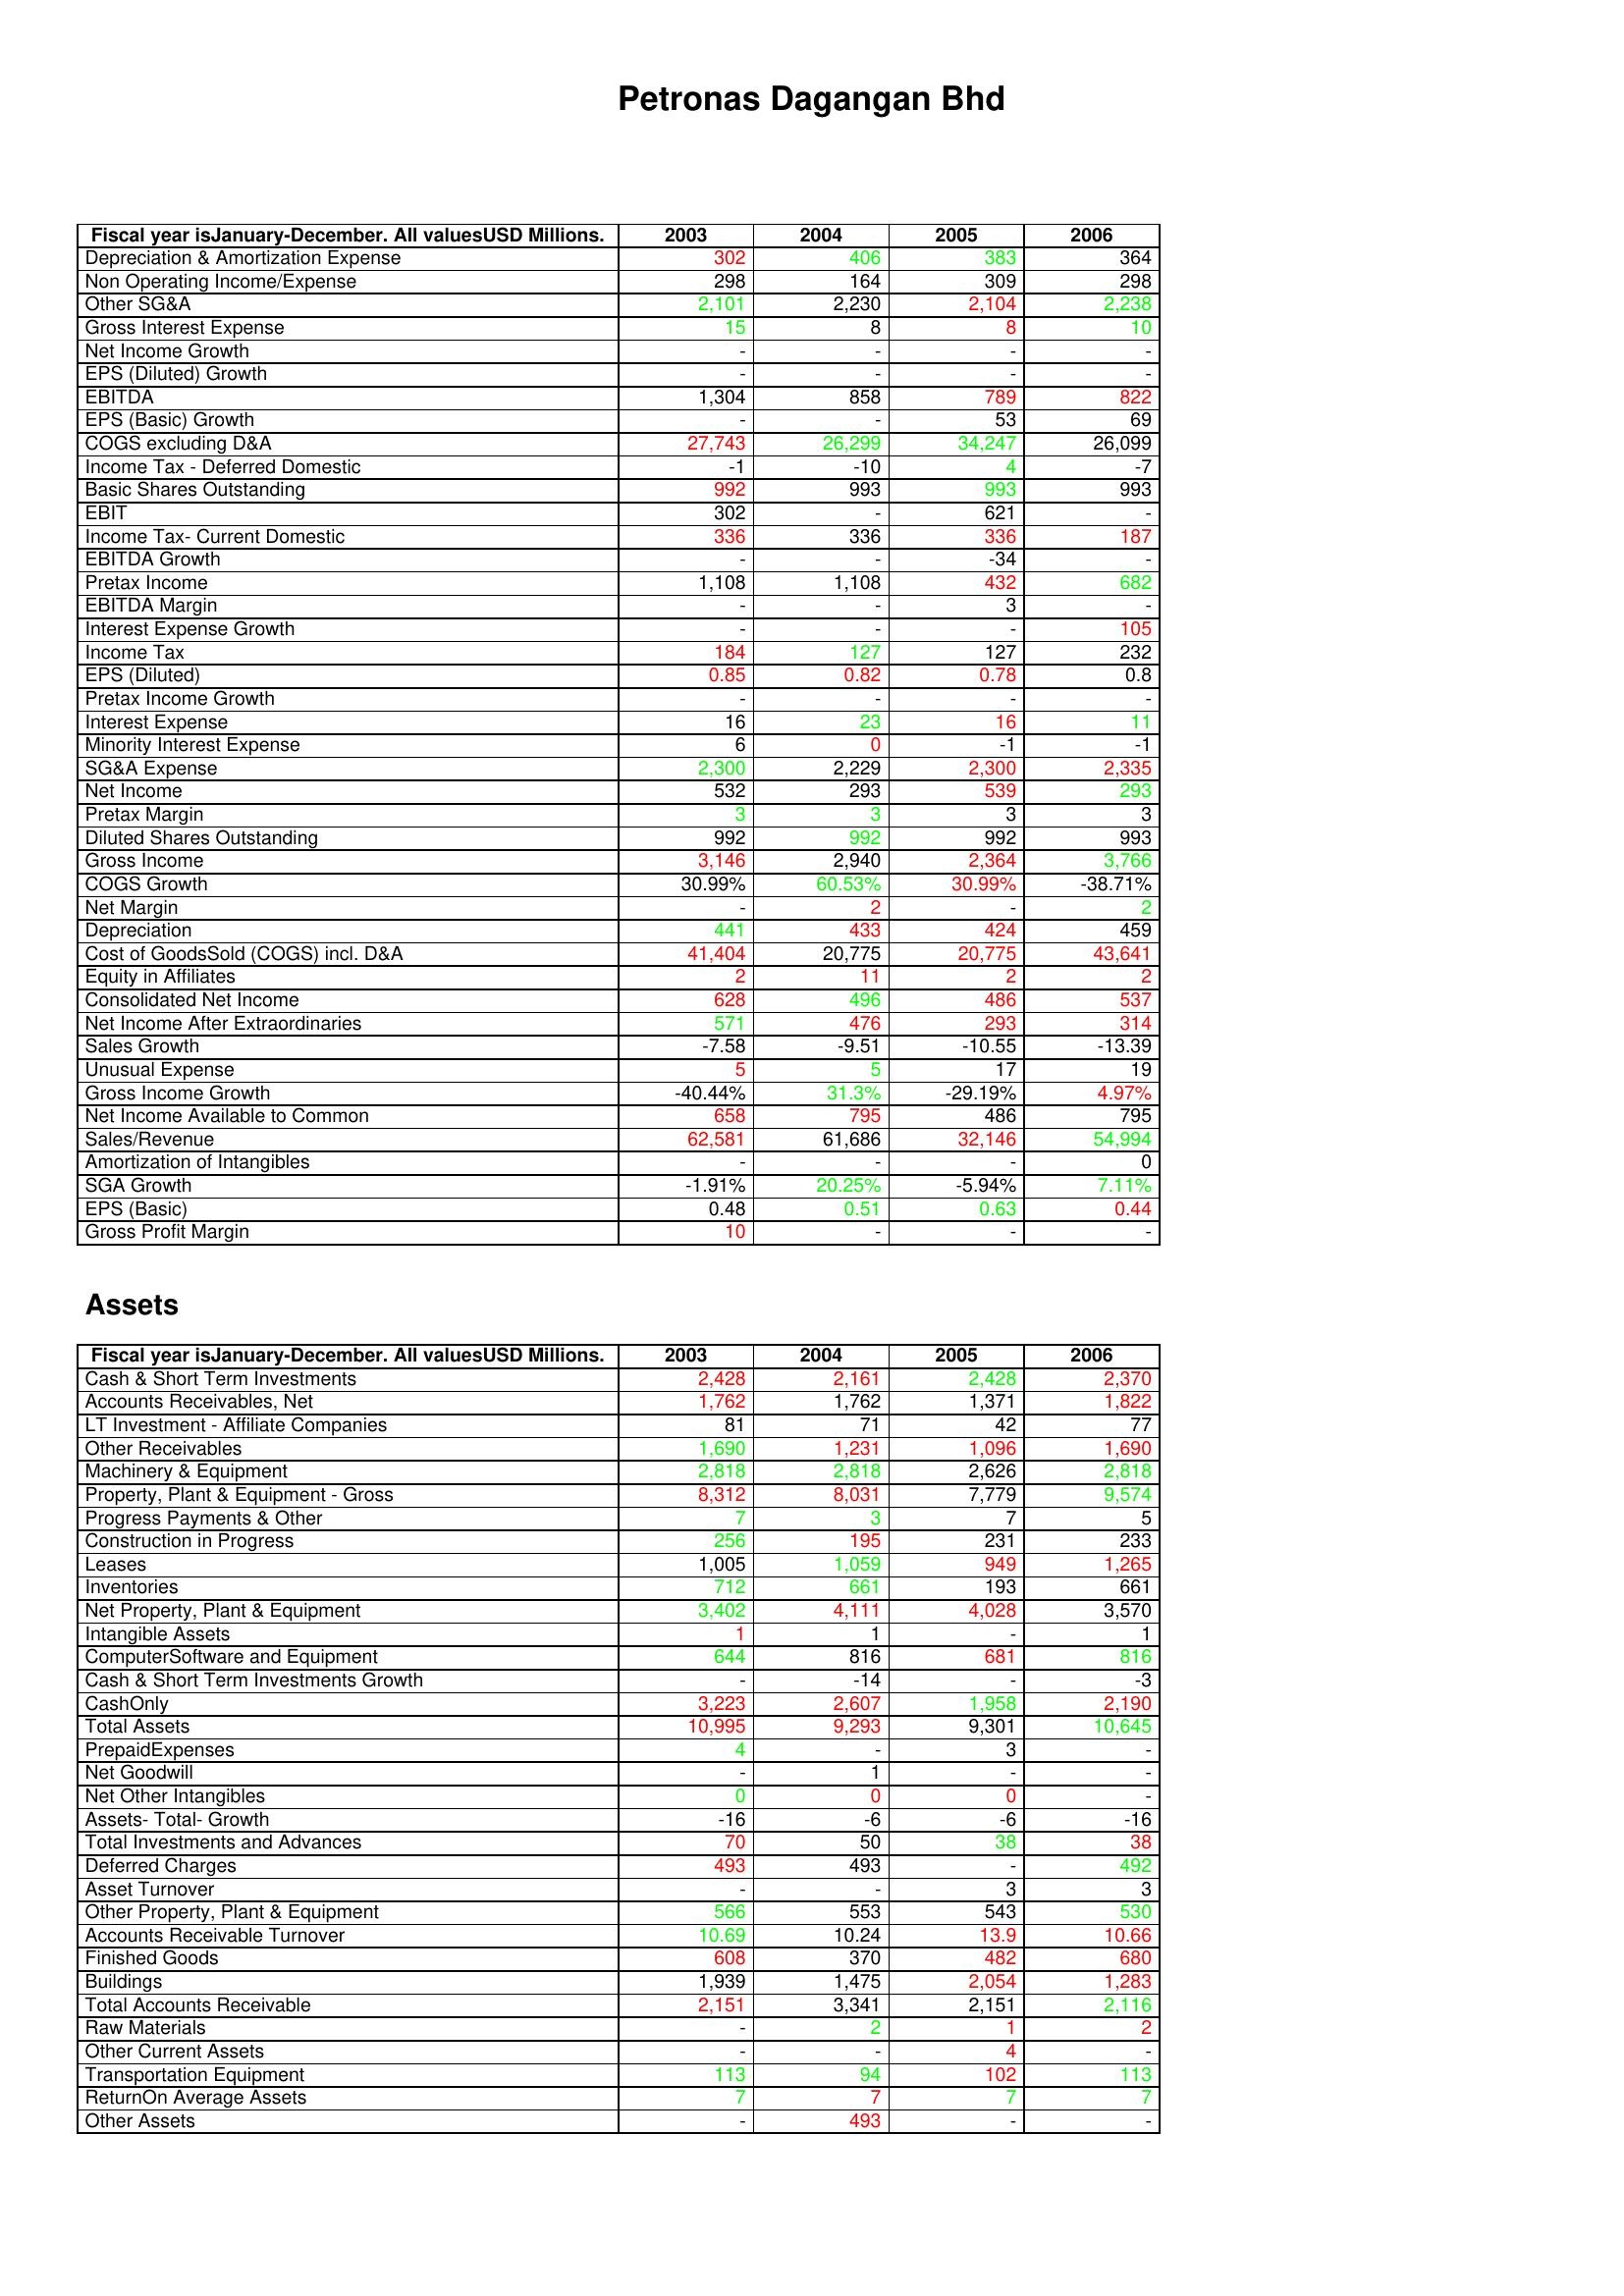
gt_parse: 2003: : Depreciation & Amortization Expense: 302
Non Operating Income/Expense: 298
Other SG&A: 2,101
Gross Interest Expense: 15
Net Income Growth: -
EPS (Diluted) Growth: -
EBITDA: 1,304
EPS (Basic) Growth: -
COGS excluding D&A: 27,743
Income Tax - Deferred Domestic: -1
Basic Shares Outstanding: 992
EBIT: 302
Income Tax- Current Domestic: 336
EBITDA Growth: -
Pretax Income: 1,108
EBITDA Margin: -
Interest Expense Growth: -
Income Tax: 184
EPS (Diluted): 0.85
Pretax Income Growth: -
Interest Expense: 16
Minority Interest Expense: 6
SG&A Expense: 2,300
Net Income: 532
Pretax Margin: 3
Diluted Shares Outstanding: 992
Gross Income: 3,146
COGS Growth: 30.99%
Net Margin: -
Depreciation: 441
Cost of GoodsSold (COGS) incl. D&A: 41,404
Equity in Affiliates: 2
Consolidated Net Income: 628
Net Income After Extraordinaries: 571
Sales Growth: -7.58
Unusual Expense: 5
Gross Income Growth: -40.44%
Net Income Available to Common: 658
Sales/Revenue: 62,581
Amortization of Intangibles: -
SGA Growth: -1.91%
EPS (Basic): 0.48
Gross Profit Margin: 10
Assets: Cash & Short Term Investments: 2,428
Accounts Receivables, Net: 1,762
LT Investment - Affiliate Companies: 81
Other Receivables: 1,690
Machinery & Equipment: 2,818
Property, Plant & Equipment - Gross : 8,312
Progress Payments & Other: 7
Construction in Progress: 256
Leases: 1,005
Inventories: 712
Net Property, Plant & Equipment: 3,402
Intangible Assets: 1
ComputerSoftware and Equipment: 644
Cash & Short Term Investments Growth: -
CashOnly: 3,223
Total Assets: 10,995
PrepaidExpenses: 4
Net Goodwill: -
Net Other Intangibles: 0
Assets- Total- Growth: -16
Total Investments and Advances: 70
Deferred Charges: 493
Asset Turnover: -
Other Property, Plant & Equipment: 566
Accounts Receivable Turnover: 10.69
Finished Goods: 608
Buildings: 1,939
Total Accounts Receivable: 2,151
Raw Materials: -
Other Current Assets: -
Transportation Equipment: 113
ReturnOn Average Assets: 7
Other Assets: -
2004: : Depreciation & Amortization Expense: 406
Non Operating Income/Expense: 164
Other SG&A: 2,230
Gross Interest Expense: 8
Net Income Growth: -
EPS (Diluted) Growth: -
EBITDA: 858
EPS (Basic) Growth: -
COGS excluding D&A: 26,299
Income Tax - Deferred Domestic: -10
Basic Shares Outstanding: 993
EBIT: -
Income Tax- Current Domestic: 336
EBITDA Growth: -
Pretax Income: 1,108
EBITDA Margin: -
Interest Expense Growth: -
Income Tax: 127
EPS (Diluted): 0.82
Pretax Income Growth: -
Interest Expense: 23
Minority Interest Expense: 0
SG&A Expense: 2,229
Net Income: 293
Pretax Margin: 3
Diluted Shares Outstanding: 992
Gross Income: 2,940
COGS Growth: 60.53%
Net Margin: 2
Depreciation: 433
Cost of GoodsSold (COGS) incl. D&A: 20,775
Equity in Affiliates: 11
Consolidated Net Income: 496
Net Income After Extraordinaries: 476
Sales Growth: -9.51
Unusual Expense: 5
Gross Income Growth: 31.3%
Net Income Available to Common: 795
Sales/Revenue: 61,686
Amortization of Intangibles: -
SGA Growth: 20.25%
EPS (Basic): 0.51
Gross Profit Margin: -
Assets: Cash & Short Term Investments: 2,161
Accounts Receivables, Net: 1,762
LT Investment - Affiliate Companies: 71
Other Receivables: 1,231
Machinery & Equipment: 2,818
Property, Plant & Equipment - Gross : 8,031
Progress Payments & Other: 3
Construction in Progress: 195
Leases: 1,059
Inventories: 661
Net Property, Plant & Equipment: 4,111
Intangible Assets: 1
ComputerSoftware and Equipment: 816
Cash & Short Term Investments Growth: -14
CashOnly: 2,607
Total Assets: 9,293
PrepaidExpenses: -
Net Goodwill: 1
Net Other Intangibles: 0
Assets- Total- Growth: -6
Total Investments and Advances: 50
Deferred Charges: 493
Asset Turnover: -
Other Property, Plant & Equipment: 553
Accounts Receivable Turnover: 10.24
Finished Goods: 370
Buildings: 1,475
Total Accounts Receivable: 3,341
Raw Materials: 2
Other Current Assets: -
Transportation Equipment: 94
ReturnOn Average Assets: 7
Other Assets: 493
2005: : Depreciation & Amortization Expense: 383
Non Operating Income/Expense: 309
Other SG&A: 2,104
Gross Interest Expense: 8
Net Income Growth: -
EPS (Diluted) Growth: -
EBITDA: 789
EPS (Basic) Growth: 53
COGS excluding D&A: 34,247
Income Tax - Deferred Domestic: 4
Basic Shares Outstanding: 993
EBIT: 621
Income Tax- Current Domestic: 336
EBITDA Growth: -34
Pretax Income: 432
EBITDA Margin: 3
Interest Expense Growth: -
Income Tax: 127
EPS (Diluted): 0.78
Pretax Income Growth: -
Interest Expense: 16
Minority Interest Expense: -1
SG&A Expense: 2,300
Net Income: 539
Pretax Margin: 3
Diluted Shares Outstanding: 992
Gross Income: 2,364
COGS Growth: 30.99%
Net Margin: -
Depreciation: 424
Cost of GoodsSold (COGS) incl. D&A: 20,775
Equity in Affiliates: 2
Consolidated Net Income: 486
Net Income After Extraordinaries: 293
Sales Growth: -10.55
Unusual Expense: 17
Gross Income Growth: -29.19%
Net Income Available to Common: 486
Sales/Revenue: 32,146
Amortization of Intangibles: -
SGA Growth: -5.94%
EPS (Basic): 0.63
Gross Profit Margin: -
Assets: Cash & Short Term Investments: 2,428
Accounts Receivables, Net: 1,371
LT Investment - Affiliate Companies: 42
Other Receivables: 1,096
Machinery & Equipment: 2,626
Property, Plant & Equipment - Gross : 7,779
Progress Payments & Other: 7
Construction in Progress: 231
Leases: 949
Inventories: 193
Net Property, Plant & Equipment: 4,028
Intangible Assets: -
ComputerSoftware and Equipment: 681
Cash & Short Term Investments Growth: -
CashOnly: 1,958
Total Assets: 9,301
PrepaidExpenses: 3
Net Goodwill: -
Net Other Intangibles: 0
Assets- Total- Growth: -6
Total Investments and Advances: 38
Deferred Charges: -
Asset Turnover: 3
Other Property, Plant & Equipment: 543
Accounts Receivable Turnover: 13.9
Finished Goods: 482
Buildings: 2,054
Total Accounts Receivable: 2,151
Raw Materials: 1
Other Current Assets: 4
Transportation Equipment: 102
ReturnOn Average Assets: 7
Other Assets: -
2006: : Depreciation & Amortization Expense: 364
Non Operating Income/Expense: 298
Other SG&A: 2,238
Gross Interest Expense: 10
Net Income Growth: -
EPS (Diluted) Growth: -
EBITDA: 822
EPS (Basic) Growth: 69
COGS excluding D&A: 26,099
Income Tax - Deferred Domestic: -7
Basic Shares Outstanding: 993
EBIT: -
Income Tax- Current Domestic: 187
EBITDA Growth: -
Pretax Income: 682
EBITDA Margin: -
Interest Expense Growth: 105
Income Tax: 232
EPS (Diluted): 0.8
Pretax Income Growth: -
Interest Expense: 11
Minority Interest Expense: -1
SG&A Expense: 2,335
Net Income: 293
Pretax Margin: 3
Diluted Shares Outstanding: 993
Gross Income: 3,766
COGS Growth: -38.71%
Net Margin: 2
Depreciation: 459
Cost of GoodsSold (COGS) incl. D&A: 43,641
Equity in Affiliates: 2
Consolidated Net Income: 537
Net Income After Extraordinaries: 314
Sales Growth: -13.39
Unusual Expense: 19
Gross Income Growth: 4.97%
Net Income Available to Common: 795
Sales/Revenue: 54,994
Amortization of Intangibles: 0
SGA Growth: 7.11%
EPS (Basic): 0.44
Gross Profit Margin: -
Assets: Cash & Short Term Investments: 2,370
Accounts Receivables, Net: 1,822
LT Investment - Affiliate Companies: 77
Other Receivables: 1,690
Machinery & Equipment: 2,818
Property, Plant & Equipment - Gross : 9,574
Progress Payments & Other: 5
Construction in Progress: 233
Leases: 1,265
Inventories: 661
Net Property, Plant & Equipment: 3,570
Intangible Assets: 1
ComputerSoftware and Equipment: 816
Cash & Short Term Investments Growth: -3
CashOnly: 2,190
Total Assets: 10,645
PrepaidExpenses: -
Net Goodwill: -
Net Other Intangibles: -
Assets- Total- Growth: -16
Total Investments and Advances: 38
Deferred Charges: 492
Asset Turnover: 3
Other Property, Plant & Equipment: 530
Accounts Receivable Turnover: 10.66
Finished Goods: 680
Buildings: 1,283
Total Accounts Receivable: 2,116
Raw Materials: 2
Other Current Assets: -
Transportation Equipment: 113
ReturnOn Average Assets: 7
Other Assets: -